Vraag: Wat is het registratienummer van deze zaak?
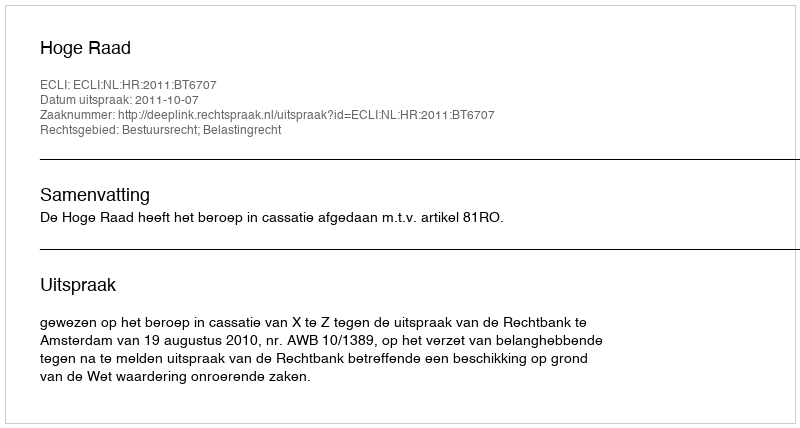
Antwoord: http://deeplink.rechtspraak.nl/uitspraak?id=ECLI:NL:HR:2011:BT6707